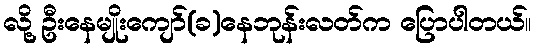
လို့ ဦးနေမျိုးကျော်(ခ)နေဘုန်းလတ်က ပြောပါတယ်။